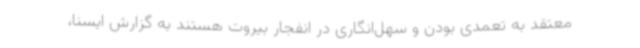
معتقد به تعمدی بودن و سهل‌انگاری در انفجار بیروت هستند به گزارش ایسنا،